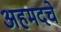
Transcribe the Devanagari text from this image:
अहमदचे